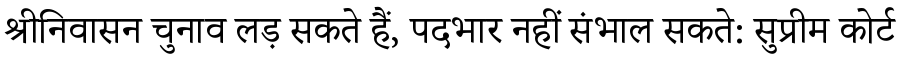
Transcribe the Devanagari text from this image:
श्रीनिवासन चुनाव लड़ सकते हैं, पदभार नहीं संभाल सकते: सुप्रीम कोर्ट